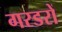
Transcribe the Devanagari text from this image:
गरडरों